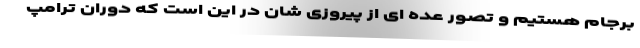
برجام هستیم و تصور عده ای از پیروزی ‌شان در این است که دوران ترامپ